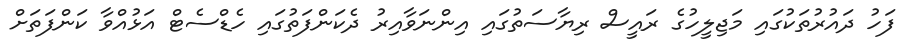
ފަހު ދައުރުތަކުގައި މަޖިލީހުގެ ރައީސް ރިޔާސަތުގައި އިންނަވާއިރު ދެކަންފަތުގައި ހެޑްސެޓް އަޅުއްވާ ކަންފަތަށް